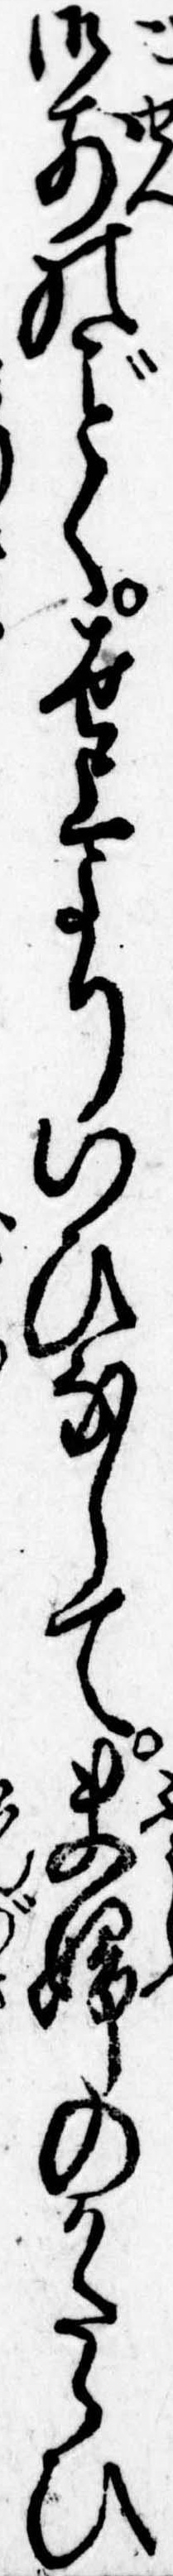
御前のく世上よりいひなして夫婦のかたらひ